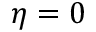
\eta = 0